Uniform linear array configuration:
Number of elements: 12
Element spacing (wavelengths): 0.75
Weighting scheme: kaiser
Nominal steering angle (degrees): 60
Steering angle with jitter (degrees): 60.014
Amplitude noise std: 0.05
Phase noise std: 0.05

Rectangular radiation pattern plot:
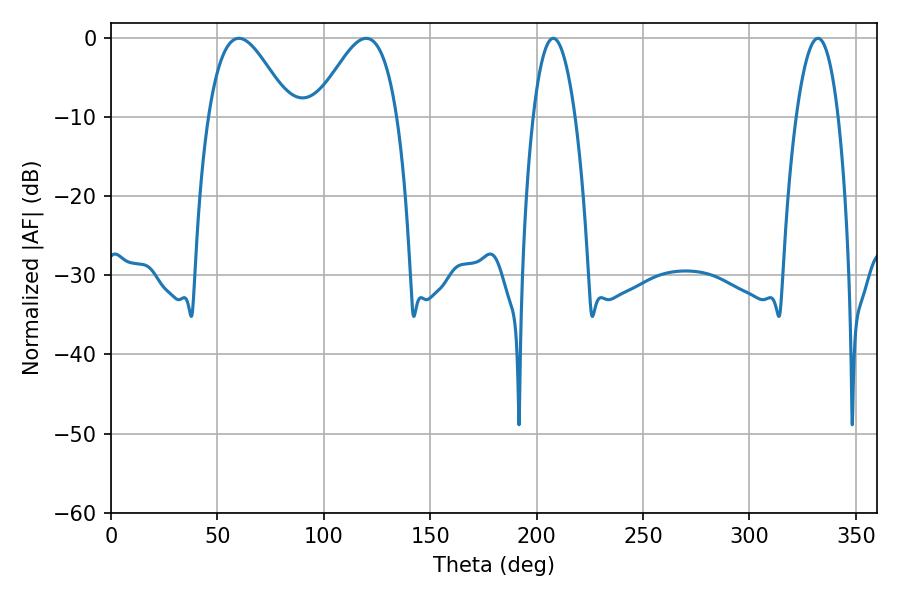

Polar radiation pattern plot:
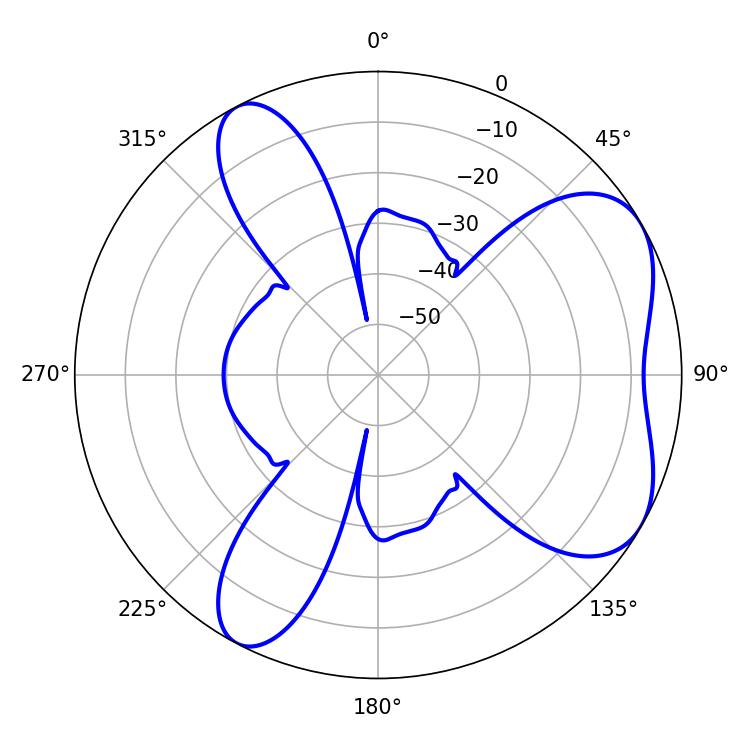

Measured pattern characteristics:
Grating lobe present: TRUE
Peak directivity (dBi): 5.758
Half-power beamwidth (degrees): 20.7
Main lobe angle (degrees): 60.12